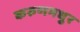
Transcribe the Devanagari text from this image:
करुणमधुर